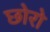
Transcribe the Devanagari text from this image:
छोरो